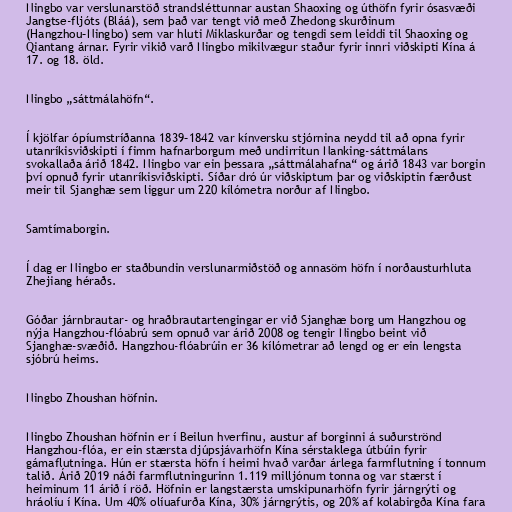
Ningbo var verslunarstöð strandsléttunnar austan Shaoxing og úthöfn fyrir ósasvæði
Jangtse-fljóts (Bláá), sem það var tengt við með Zhedong skurðinum
(Hangzhou–Ningbo) sem var hluti Miklaskurðar og tengdi sem leiddi til Shaoxing og
Qiantang árnar. Fyrir vikið varð Ningbo mikilvægur staður fyrir innri viðskipti Kína á
17. og 18. öld.

Ningbo „sáttmálahöfn“.

Í kjölfar ópíumstríðanna 1839–1842 var kínversku stjórnina neydd til að opna fyrir
utanríkisviðskipti í fimm hafnarborgum með undirritun Nanking-sáttmálans
svokallaða árið 1842. Ningbo var ein þessara „sáttmálahafna“ og árið 1843 var borgin
því opnuð fyrir utanríkisviðskipti. Síðar dró úr viðskiptum þar og viðskiptin færðust
meir til Sjanghæ sem liggur um 220 kílómetra norður af Ningbo.

Samtímaborgin.

Í dag er Ningbo er staðbundin verslunarmiðstöð og annasöm höfn í norðausturhluta
Zhejiang héraðs.

Góðar járnbrautar- og hraðbrautartengingar er við Sjanghæ borg um Hangzhou og
nýja Hangzhou-flóabrú sem opnuð var árið 2008 og tengir Ningbo beint við
Sjanghæ-svæðið. Hangzhou-flóabrúin er 36 kílómetrar að lengd og er ein lengsta
sjóbrú heims.

Ningbo Zhoushan höfnin.

Ningbo Zhoushan höfnin er í Beilun hverfinu, austur af borginni á suðurströnd
Hangzhou-flóa, er ein stærsta djúpsjávarhöfn Kína sérstaklega útbúin fyrir
gámaflutninga. Hún er stærsta höfn í heimi hvað varðar árlega farmflutning í tonnum
talið. Árið 2019 náði farmflutningurinn 1.119 milljónum tonna og var stærst í
heiminum 11 árið í röð. Höfnin er langstærsta umskipunarhöfn fyrir járngrýti og
hráolíu í Kína. Um 40% olíuafurða Kína, 30% járngrýtis, og 20% af kolabirgða Kína fara